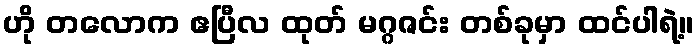
ဟို တလောက ဧပြီလ ထုတ် မဂ္ဂဇင်း တစ်ခုမှာ ထင်ပါရဲ့။